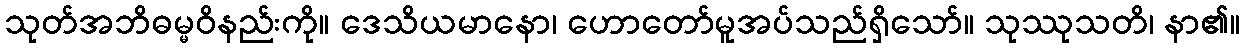
သုတ်အဘိဓမ္မဝိနည်းကို။ ဒေသိယမာနော၊ ဟောတော်မူအပ်သည်ရှိသော်။ သုဿုသတိ၊ နာ၏။